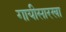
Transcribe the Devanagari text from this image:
गायीसारखा